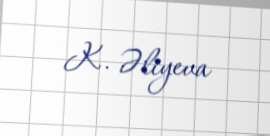
K. Əliyeva